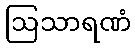
ဩသာရဏံ